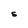
Character: S